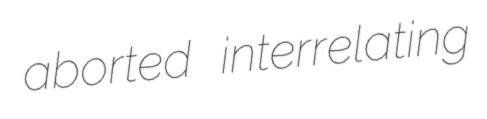
aborted interrelating